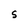
Character: S